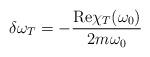
LaTeX: \begin{align*}\delta\omega_T = -\frac{{\rm Re}\chi_T(\omega_0)}{2 m \omega_0}\end{align*}